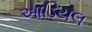
આડિયલ